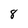
Character: 8